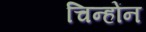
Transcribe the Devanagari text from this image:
चिन्होंन